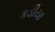
કડીયા